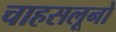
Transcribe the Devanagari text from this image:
चाहसलूनो